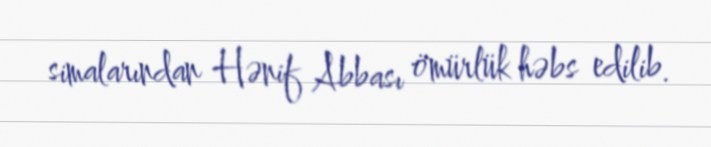
simalarından Hənif Abbası ömürlük həbs edilib.